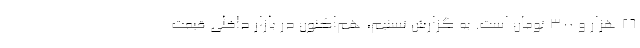
۲۶ هزار و ۳۰۰ تومان است. به گزارش تسنیم، هم‌اکنون در بازار داخلی قیمت